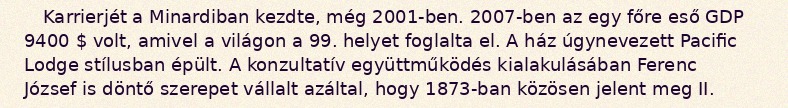
Karrierjét a Minardiban kezdte, még 2001-ben. 2007-ben az egy főre eső GDP 9400 $ volt, amivel a világon a 99. helyet foglalta el. A ház úgynevezett Pacific Lodge stílusban épült. A konzultatív együttműködés kialakulásában Ferenc József is döntő szerepet vállalt azáltal, hogy 1873-ban közösen jelent meg II.